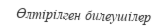
Өлтірілген билеушілер